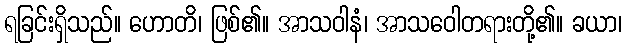
ရခြင်းရှိသည်။ ဟောတိ၊ ဖြစ်၏။ အာသဝါနံ၊ အာသဝေါတရားတို့၏။ ခယာ၊